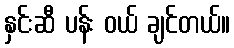
နှင်းဆီ ပန်း ဝယ် ချင်တယ်။